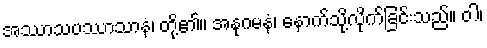
အဿာသပဿာသာနံ၊ တို့၏။ အနုဂမနံ၊ နောက်သို့လိုက်ခြင်းသည်။ ဝါ၊